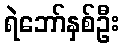
ရဲဘော်နှစ်ဦး